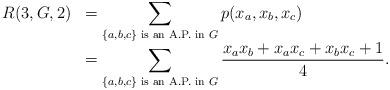
LaTeX: \begin{align*}\begin{array}{rl}R(3,G,2) &= \displaystyle\sum_{\{a,b,c\} \textrm{ is an A.P. in } G}p(x_a,x_b,x_c) \\&= \displaystyle\sum_{\{a,b,c\} \textrm{ is an A.P. in } G}\frac{x_ax_b+x_ax_c+x_bx_c+1}{4}.\end{array}\end{align*}